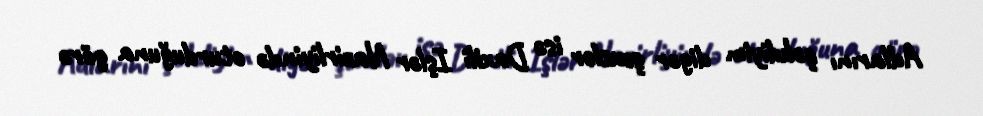
Adlarını çəkdiyim digər şəxslər isə Daxili Işlər Nazirliyində oturduğuna görə